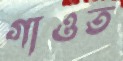
গাওত